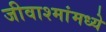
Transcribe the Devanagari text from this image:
जीवाश्मांमध्ये